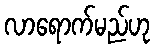
လာရောက်မည်ဟု